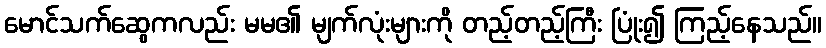
မောင်သက်ဆွေကလည်း မမ၏ မျက်လုံးများကို တည့်တည့်ကြီး ပြုံး၍ ကြည့်နေသည်။